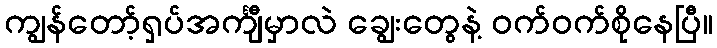
ကျွန်တော့်ရှပ်အင်္ကျီမှာလဲ ချွေးတွေနဲ့ ဝက်ဝက်စိုနေပြီ။